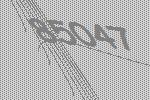
85047